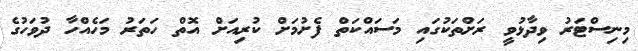
މިނިސްޓަރު ވިދާޅުވީ ރަށްތަކުގައި މަސައްކަތް ފެށުމަށް ކުރިއަށް އޮތް ހަތަރު މަހެއްހާ ދުވަހުގެ